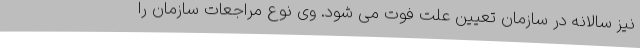
نیز سالانه در سازمان تعیین علت فوت می شود. وی نوع مراجعات سازمان را